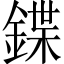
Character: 鍱